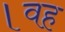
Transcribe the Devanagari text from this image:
।वह